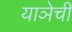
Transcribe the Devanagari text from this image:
याञेची